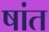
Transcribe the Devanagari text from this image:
षांत